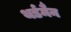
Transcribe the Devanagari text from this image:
थर्डमैन